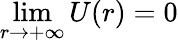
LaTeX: \operatorname*{lim}_{r\to+\infty}U(r)=0